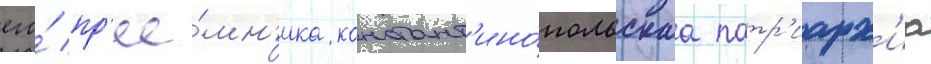
его́ пр'ее́мн'ика констант'ино́польскаа патр'иарх'иа